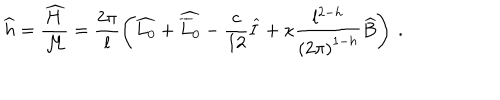
\widehat { h } = \displaystyle \frac { \widehat { H } } { { \cal M } } = \displaystyle \frac { 2 \pi } { l } \left( \widehat { L _ { 0 } } + \widehat { \overline { { { L } } } _ { 0 } } - \displaystyle \frac { c } { 1 2 } \widehat { I } + \kappa \displaystyle \frac { l ^ { 2 - h } } { \left( 2 \pi \right) ^ { 1 - h } } \widehat { B } \right) \: .